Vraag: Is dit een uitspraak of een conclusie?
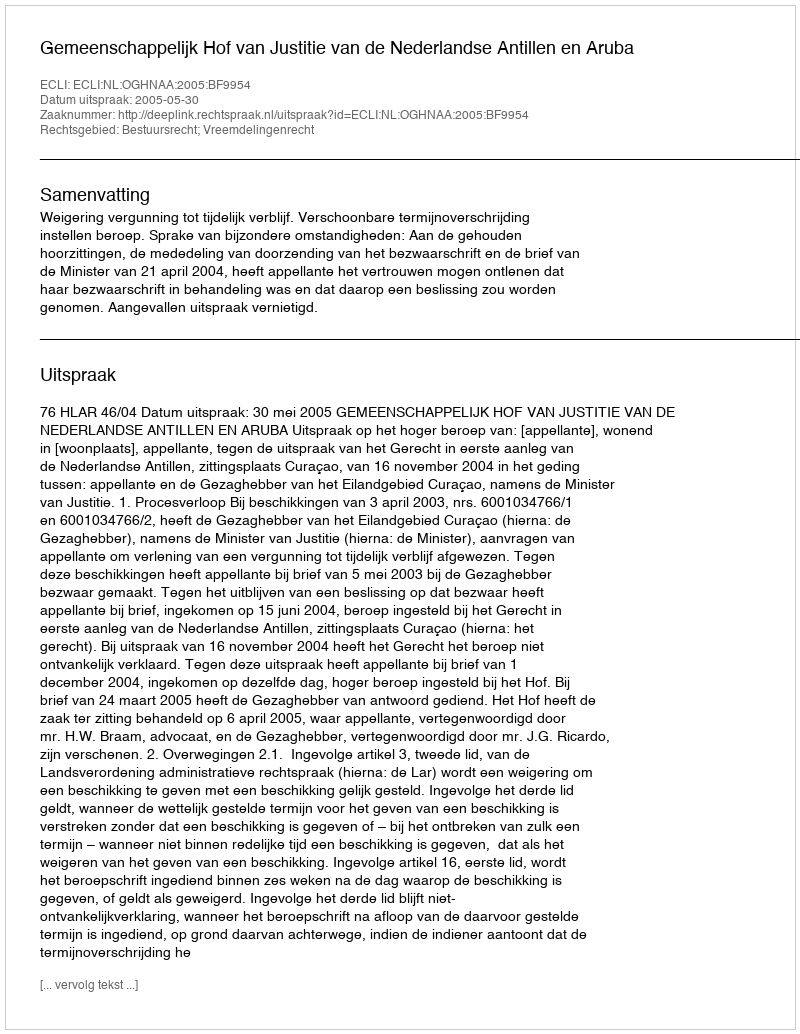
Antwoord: Uitspraak